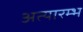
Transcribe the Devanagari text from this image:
अत्यारम्भ